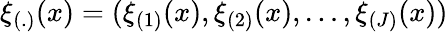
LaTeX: \xi_{(.)}(x)=(\xi_{(1)}(x),\xi_{(2)}(x),\dots,\xi_{(J)}(x))